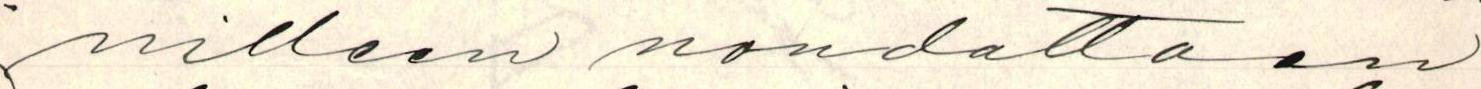
nilleen noudattaen